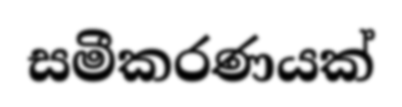
සමීකරණයක්